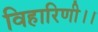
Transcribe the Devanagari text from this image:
विहारिणी।।